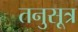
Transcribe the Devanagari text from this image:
तनुसूत्र